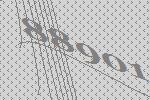
88901